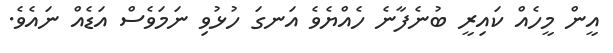
އީން މީހެއް ކައިރީ ބުނެފާނެ ހެއްޔެވެ އަނގަ ހުޅުވި ނަމަވެސް އަޑެއް ނައެވެ.